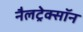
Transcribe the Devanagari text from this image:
नैलट्रेक्सॉन